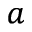
^ { a }